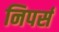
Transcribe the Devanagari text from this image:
निपर्स